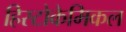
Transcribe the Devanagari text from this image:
हिस्टोकेमिकल